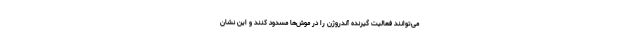
می‌توانند فعالیت گیرنده آندروژن را در موش‌ها مسدود کنند و این نشان